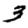
Digit: 3